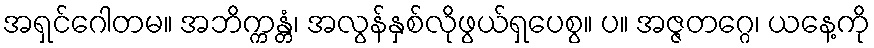
အရှင်ဂေါတမ။ အဘိက္ကန္တံ၊ အလွန်နှစ်လိုဖွယ်ရှပေစွ။ ပ။ အဇ္ဇတဂ္ဂေ၊ ယနေ့ကို